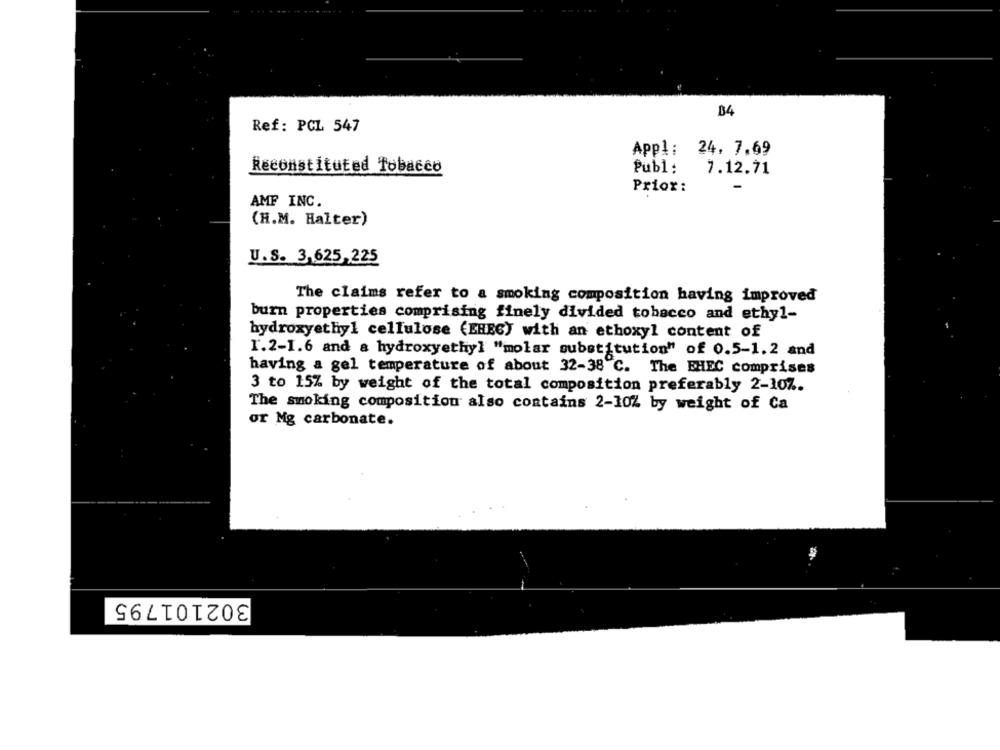
84
Ref: PCL 547
Appl: 24. 7.69
Reconstituted Tobacco
Publ:
7.12.71
Prior:
AMF INC.
(H.M. Halter)
U.S. 3,625,225
The claims refer to a smoking composition having improved
£
burn properties comprising finely divided tobacco and ethyl-
hydroxyethyl cellulose (EHEG) with an ethoxyl content of
1.2-1.6 and a hydroxyethyl "molar substitution" of 0.5-1.2 and
having a gel temperature of about 32-38 ℃. The EHEC comprises
3 to 15% by weight of the total composition preferably 2-10%.
The smoking composition also contains 2-10% by weight of Ca
or Mg carbonate.
302101795